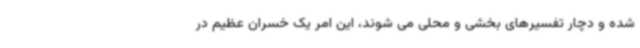
شده و دچار تفسیرهای بخشی و محلی می شوند، این امر یک خسران عظیم در